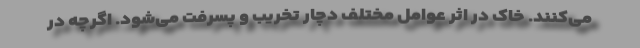
می‌کنند. خاک در اثر عوامل مختلف دچار تخریب و پسرفت می‌شود. اگرچه در